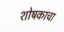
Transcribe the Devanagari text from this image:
शोषकाचा